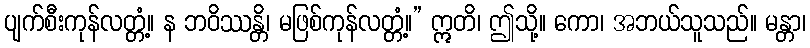
ပျက်စီးကုန်လတ္တံ့။ န ဘဝိဿန္တိ၊ မဖြစ်ကုန်လတ္တံ့။” ဣတိ၊ ဤသို့။ ကော၊ အဘယ်သူသည်။ မန္တာ၊